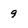
Character: 9